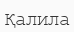
Қалила